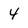
Character: 4